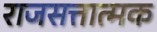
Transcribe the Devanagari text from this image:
राजसत्तात्मक